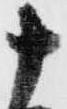
十